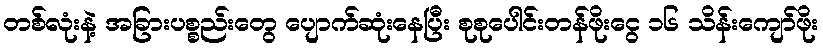
တစ်လုံးနဲ့ အခြားပစ္စည်းတွေ ပျောက်ဆုံးနေပြီး စုစုပေါင်းတန်ဖိုးငွေ ၁၆ သိန်းကျော်ဖိုး